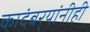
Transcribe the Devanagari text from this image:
कादंबर्‍यांनीही